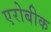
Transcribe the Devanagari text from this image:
एरोबीक